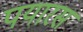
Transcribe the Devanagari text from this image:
पयारस